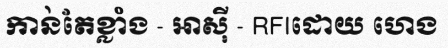
កាន់តែខ្លាំង - អាស៊ី - RFIដោយ ហេង